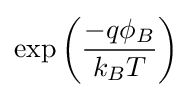
\exp \left({\frac {-q\phi _{B}}{k_{B}T}}\right)